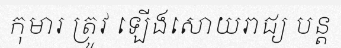
កុមារ ត្រូវ ឡើងសោយរាជ្យ បន្ត